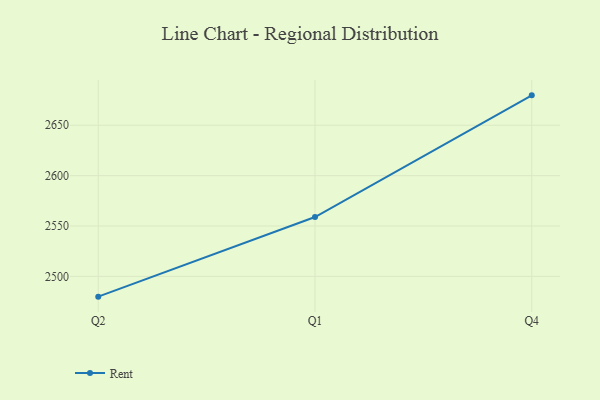
{"axis": {"x": "Quarter", "y": "Waste Production (Tons)"}, "legend": ["Rent"], "data": [{"x": "Q2", "y": 2479.9, "type": "Rent"}, {"x": "Q1", "y": 2558.9, "type": "Rent"}, {"x": "Q4", "y": 2679.7, "type": "Rent"}]}